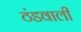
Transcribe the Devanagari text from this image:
ठंडवाली